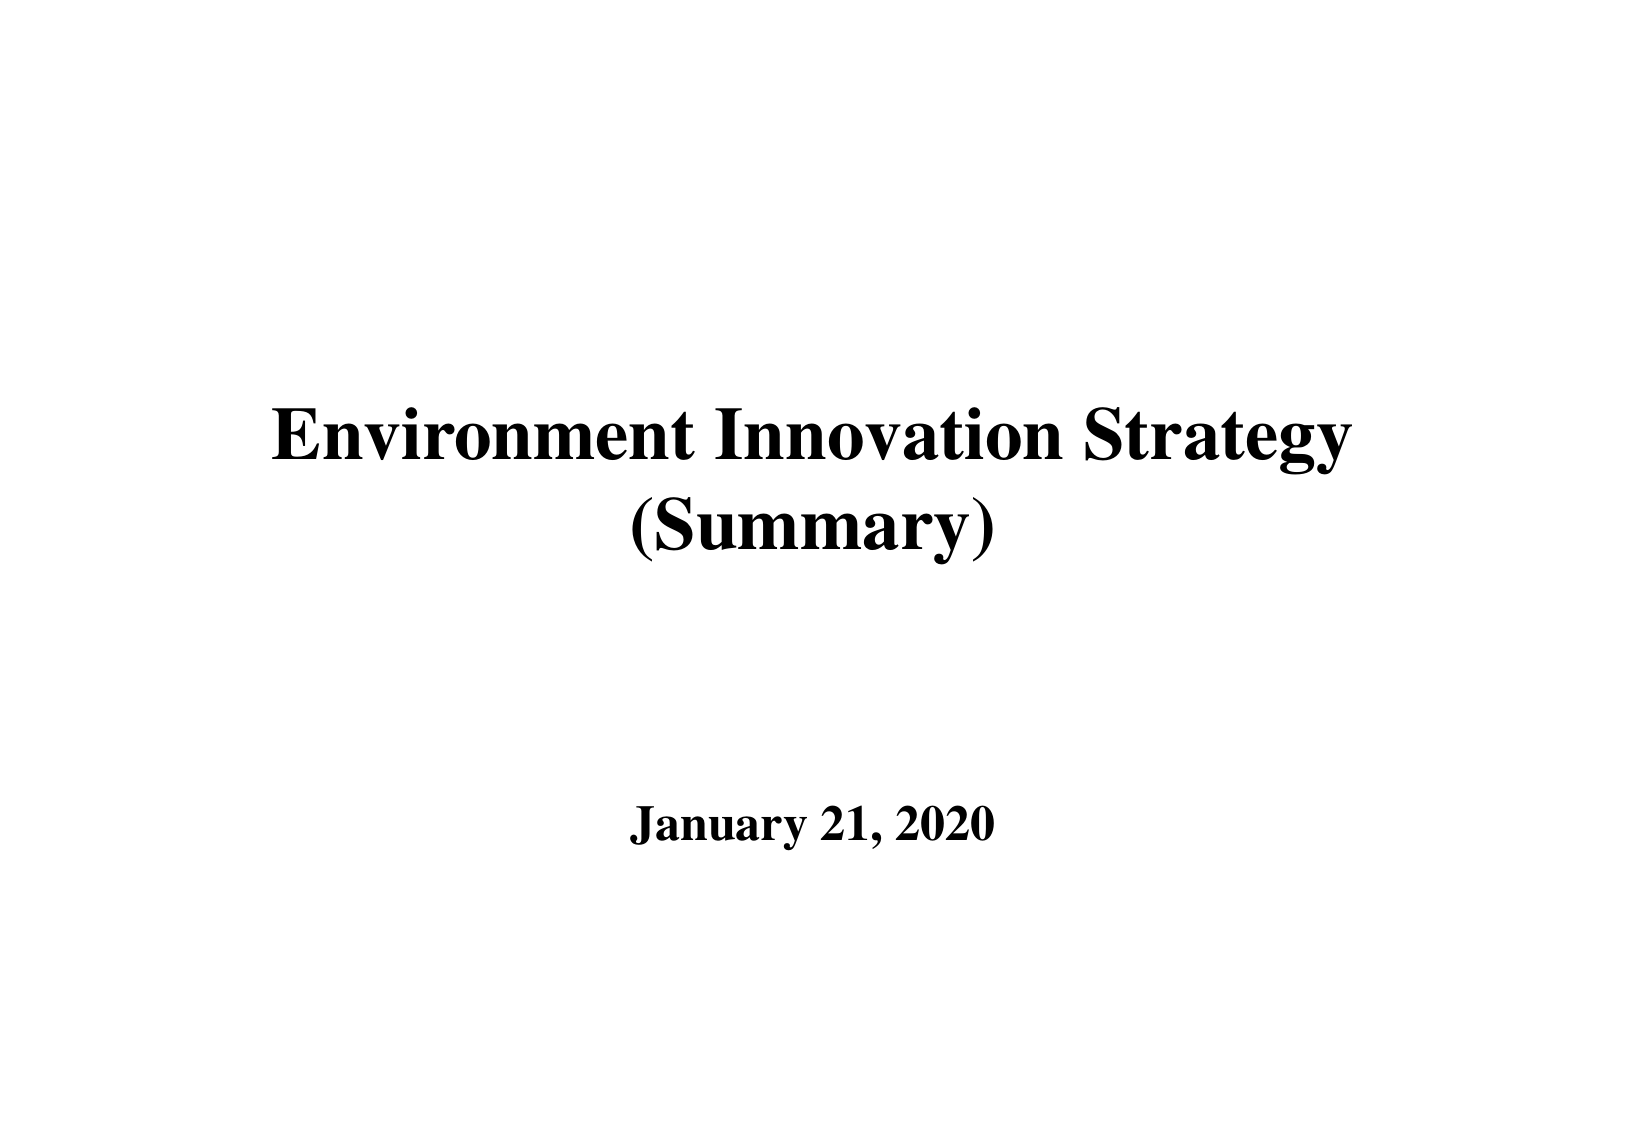
Environment Innovation Strategy
(Summary)

January 21, 2020